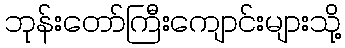
ဘုန်းတော်ကြီးကျောင်းများသို့